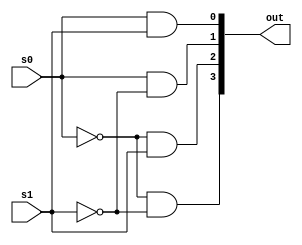
module hack_decoder2(s0,s1,out);
  input           s0,s1;
  output  [3:0]   out; 

  wire            ns0, ns1;

  not inv0 (ns0, s0);
  not inv1 (ns1, s1);

  and and0 (out[3], ns0, ns1);
  and and1 (out[2], ns0, s1);
  and and2 (out[1], s0, ns1);
  and and3 (out[0], s0, s1);

  // Behavior description
  /*
  reg     [3:0]   out;  
  always @* begin
    out = 0;
    out[3-{s0,s1}] = 1;
  end
  */
endmodule